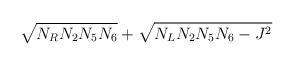
LaTeX: \begin{align*}\sqrt{ N_R N_2 N_5 N_6} +\sqrt{ N_L N_2 N_5 N_6 - J^2 }\end{align*}